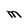
Character: M